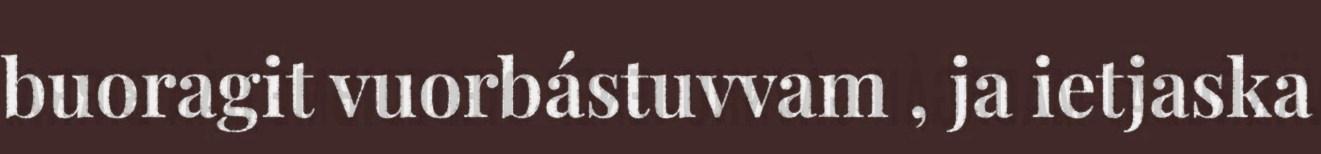
buoragit vuorbástuvvam , ja ietjaska